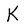
Character: K